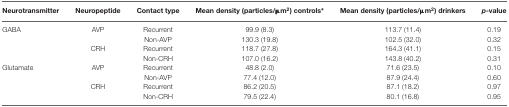
| Neurotransmitter | Neuropeptide | Contact type | Mean density (particles/μm2) controls* | Mean density (particles/μm2) drinkers | p-value |
 | --- | --- | --- | --- | --- | --- |
 | GABA | AVP | Recurrent | 99.9 (8.3) | 113.7 (11.4) | 0.19 |
 |  |  | Non-AVP | 130.3 (19.8) | 102.5 (32.0) | 0.32 |
 |  | CRH | Recurrent | 118.7 (27.8) | 164.3 (41.1) | 0.15 |
 |  |  | Non-CRH | 107.0 (16.2) | 143.8 (40.2) | 0.31 |
 | Glutamate | AVP | Recurrent | 48.8 (2.0) | 71.6 (23.5) | 0.10 |
 |  |  | Non-AVP | 77.4 (12.0) | 87.9 (24.4) | 0.60 |
 |  | CRH | Recurrent | 86.2 (20.5) | 87.1 (18.2) | 0.97 |
 |  |  | Non-CRH | 79.5 (22.4) | 80.1 (16.8) | 0.95 |